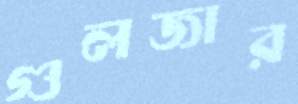
গুলজার